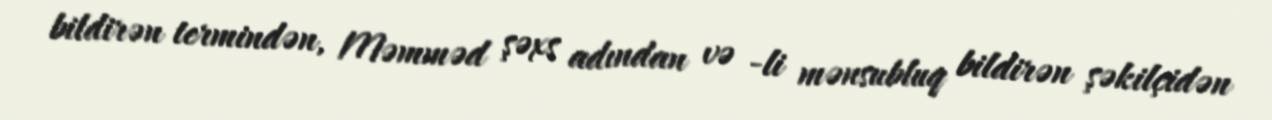
bildirən termindən, Məmməd şəxs adından və -li mənsubluq bildirən şəkilçidən